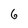
Character: 6